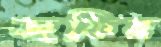
জফির